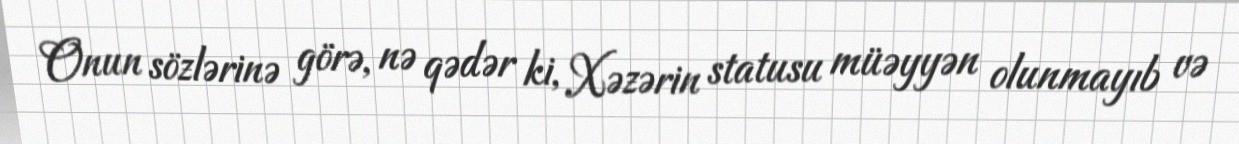
Onun sözlərinə görə, nə qədər ki, Xəzərin statusu müəyyən olunmayıb və